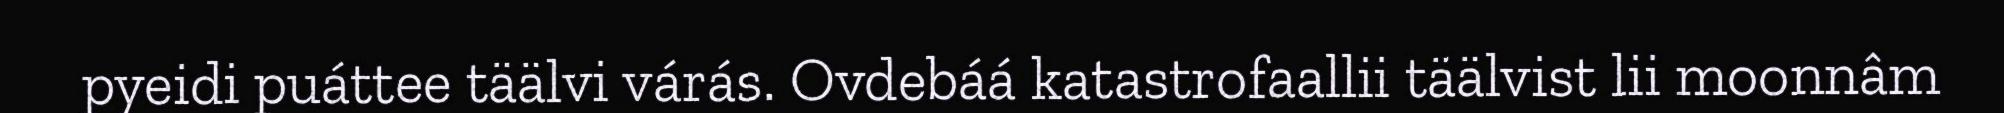
pyeidi puáttee täälvi várás. Ovdebáá katastrofaallii täälvist lii moonnâm